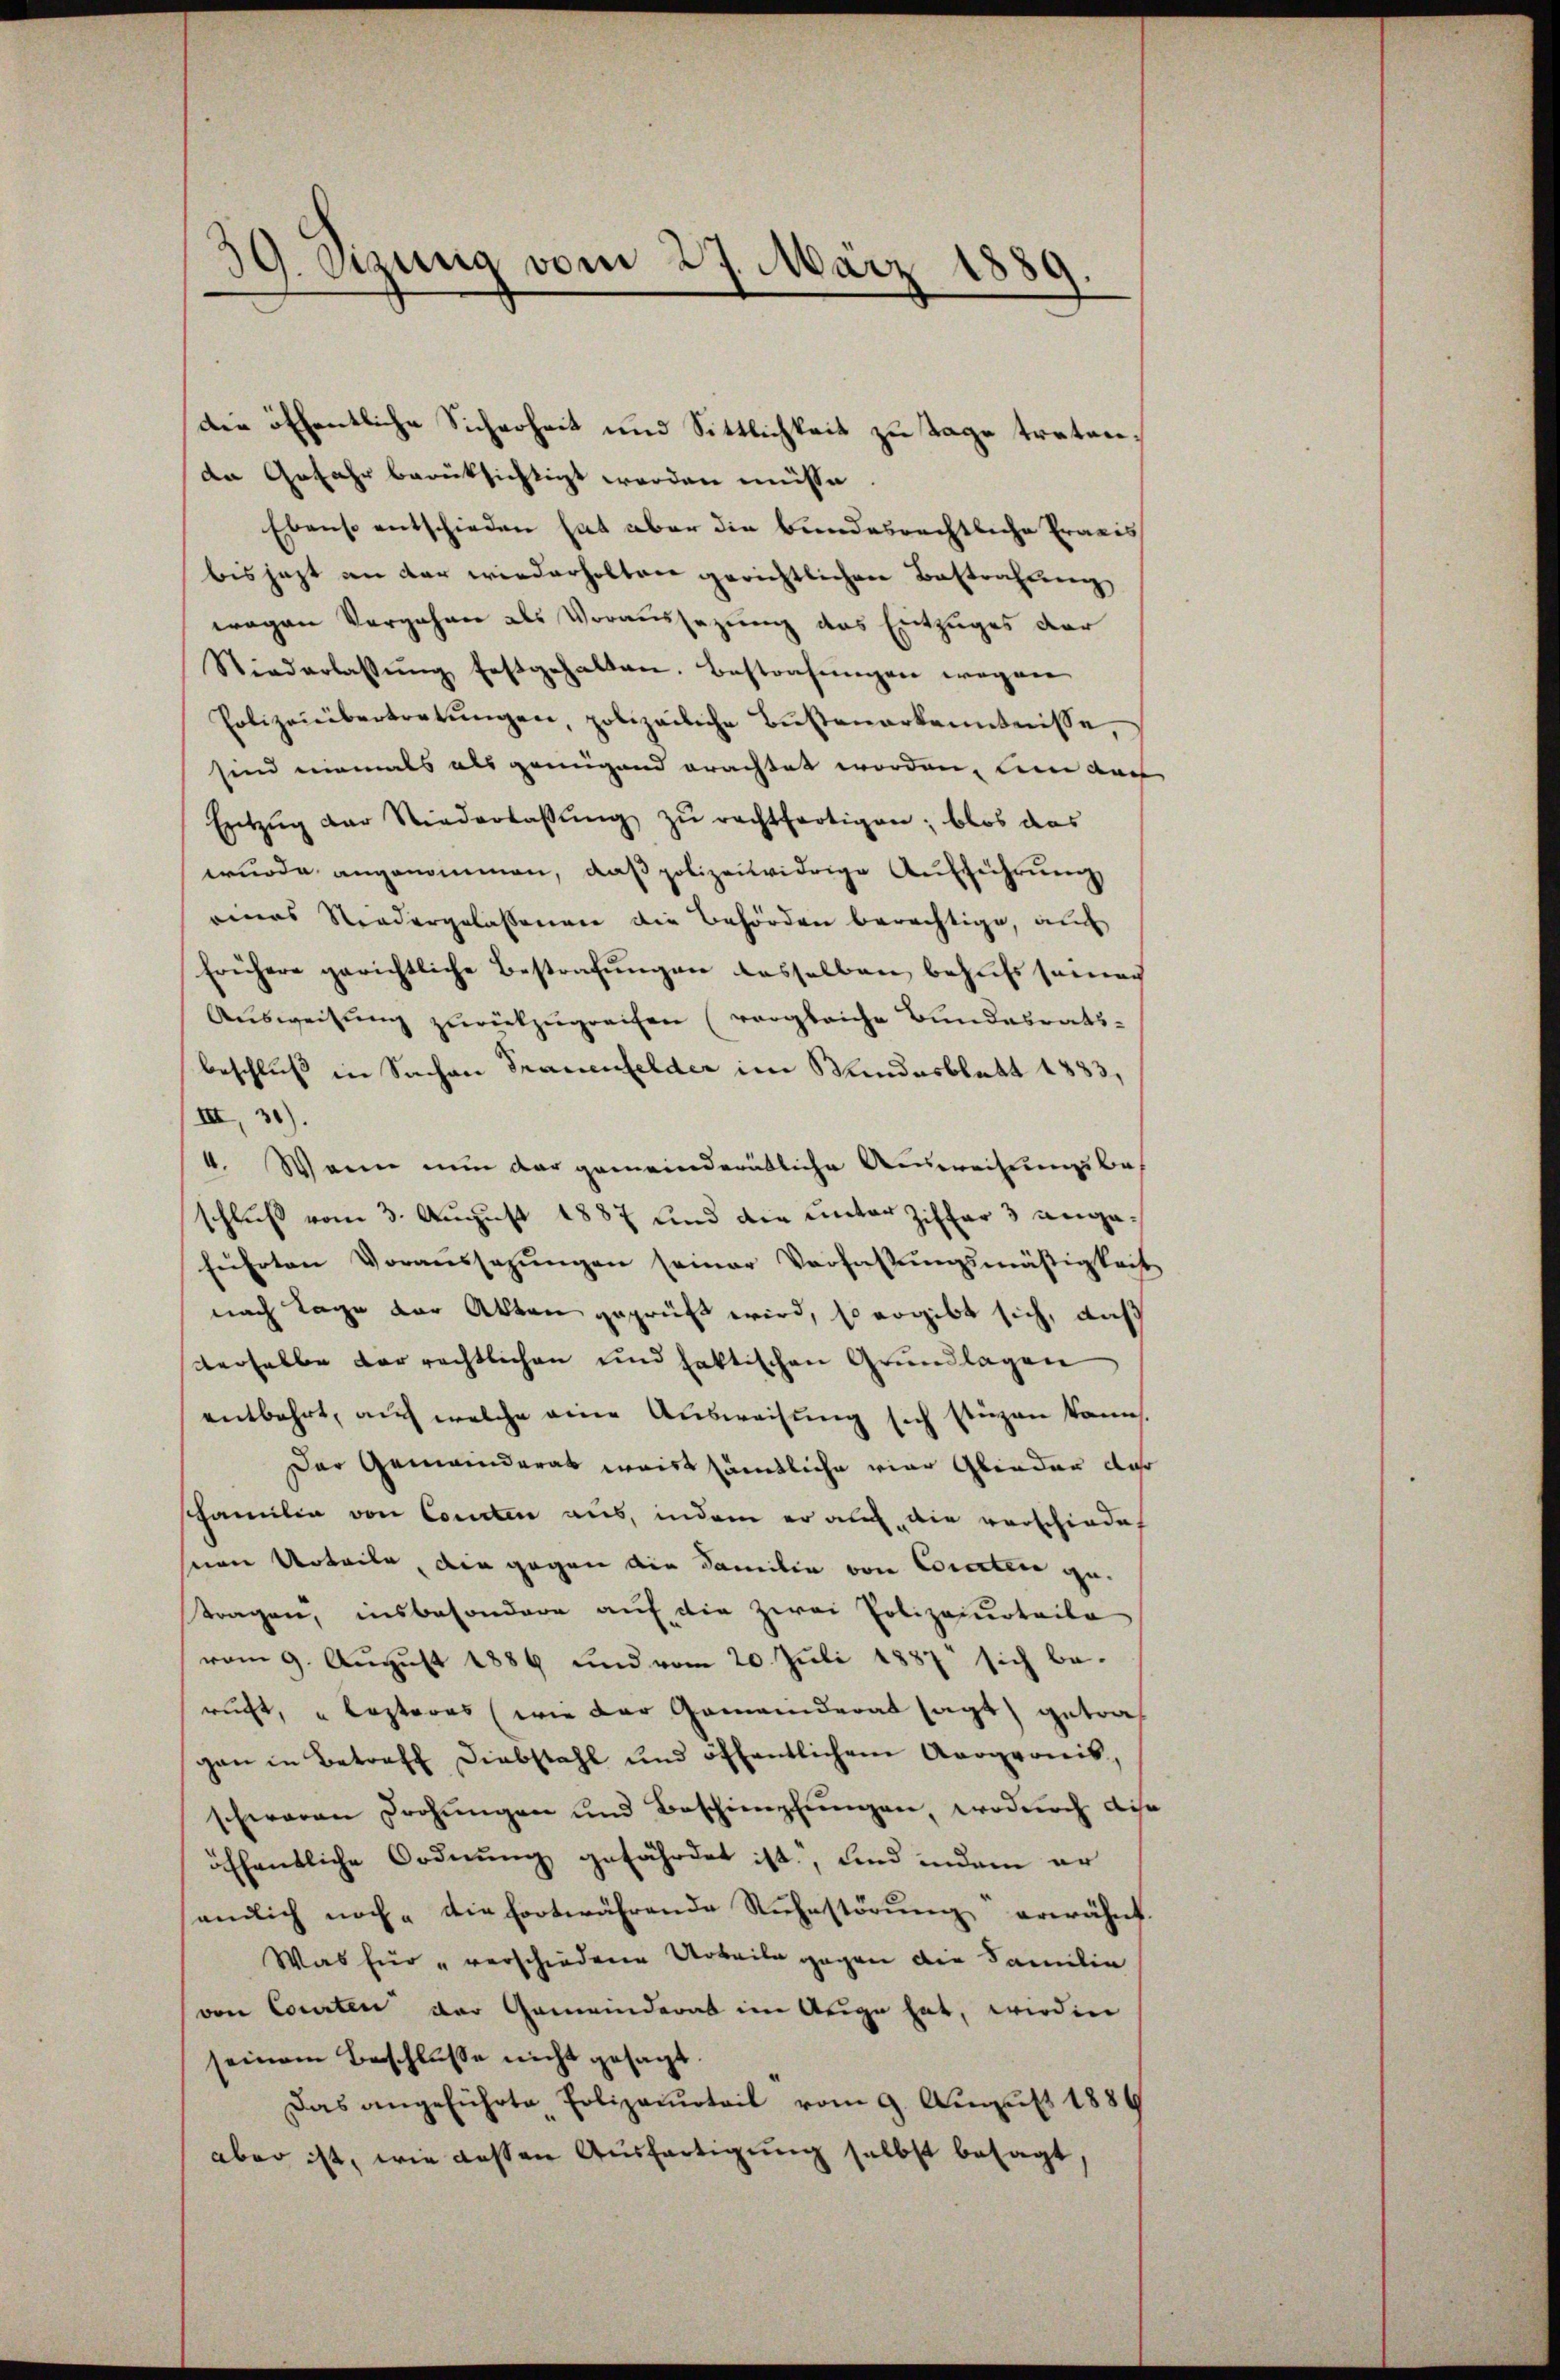
39. Sizung vom 27. März 1889.

Die öffentliche Sicherheit und Sittlichkeit zu Tage traten.
de Gefahr berüksichtigt worden müsse
Ebenso entschieden hat aber die Bundesrechtliche Praxis
bis jezt an der wiederholten gerichtlichen Bestrafung
wegen Vergehen als Voraussezung des Entzuges der
Niederlassŭng festgehalten. Bestrafŭngen wegen
Polizeiübertretŭngen, polizeiliche Bŭsenerkenntnisse,
sind niemals als genügend erachtet worden, um der
Entzŭg der Niederlassŭng zŭ rechtfertigen; blos das
wurde angenommen, daß polizeiwidrige Aufführung
eines Niedergelassenen die Behörden berechtige, auf
frühere gerichtliche Bestrafungen dasselben behufs seine
Aŭsweisŭng zŭrückzŭgreifen (vergleiche Bundesrats-
beschluß in Sachen Trauenfelder im Wundesblatt 1833,
III, 31).
4. Wenn nun der gemeinderätliche Ausweisung beschluß vom 3. August 1887 und die unter Ziffer 3 angeführten Voraŭssagŭngen seiner Verfassŭngsmäßigkeit
nach Tage der Akten geprüft wird, so ergibt sich, daß
derselbe der rechtlichen und faktischen Grundlagen
entbehrt, auch welche eine Ausweisung sich stüzen kanns.
Der Gemeinderat waist sämtliche vier Glieder dar
Familie von Conten aus, indem er auch die verschiedet
seen Urteile, die gegen die Familie von Cororten getragen, insbesondere auf die zwei Polizeiurteile
vom 9. August 1889 und vom 20. Juli 1887 sich be-
rucht, „lopteres (wie der Gemeinderat sagt) getrach
gan in Betreff Diebstahl und öffentlichem Avogronis,
schwaren Drohungen und Beschimpfungen, wodurch dis
öffentliche Ordnung gefährdet ist, und indem er
endlich noch die fortwährende Rŭhestörŭng erwähnt.
Was für " verschiedene Arbeile gegen die Familie
von Courten der Gemeinderat im Arige hat, werden
seinem Beschlusse nicht gesagt.
Das angeführte Polizeiurteil vom 9. August 1889
aber ist, wie dessen Ausfertigung selbst besagt,